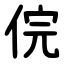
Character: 俒